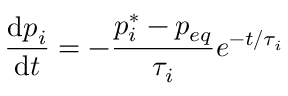
\frac { \mathrm { d } p _ { i } } { \mathrm { d } t } = - \frac { p _ { i } ^ { * } - p _ { e q } } { \tau _ { i } } e ^ { - t / \tau _ { i } }